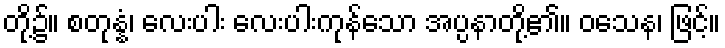
တို့၌။ စတုန္နံ၊ လေးပါး လေးပါးကုန်သော အပ္ပနာတို့၏။ ဝသေန၊ ဖြင့်။